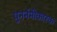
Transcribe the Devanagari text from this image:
पुनर्नमीकारक